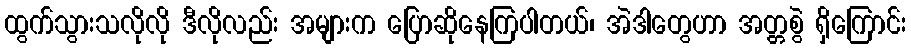
ထွက်သွားသလိုလို ဒီလိုလည်း အများက ပြောဆိုနေကြပါတယ်၊ အဲဒါတွေဟာ အတ္တစွဲ ရှိကြောင်း